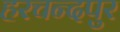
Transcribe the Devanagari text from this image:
हरचन्‍दपुर